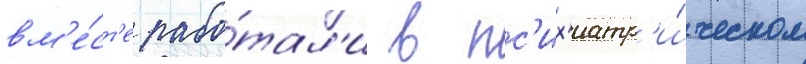
вм'е́ст'е рабо́тал'и в пс'их'иатр'и́ческом